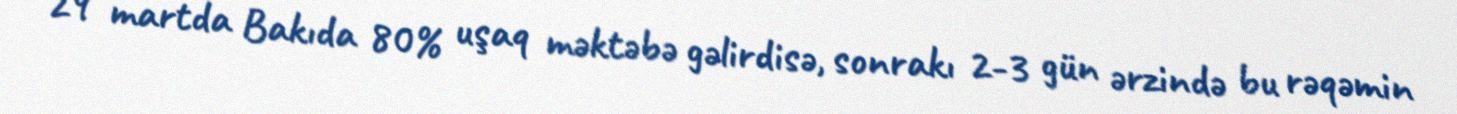
29 martda Bakıda 80% uşaq məktəbə gəlirdisə, sonrakı 2-3 gün ərzində bu rəqəmin